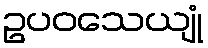
ဥပဝသေယျုံ